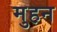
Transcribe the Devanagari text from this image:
मुहन